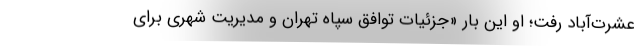
عشرت‌آباد رفت؛ او این بار «جزئیات توافق سپاه تهران و مدیریت شهری برای